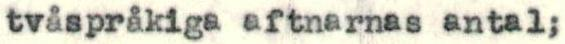
tvåspråkiga aftnarnas antal;